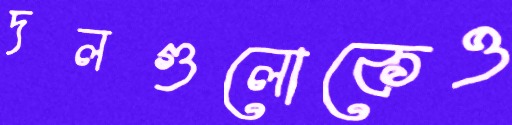
দলগুলোকেও